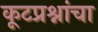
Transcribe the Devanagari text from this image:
कूटप्रश्नांचा